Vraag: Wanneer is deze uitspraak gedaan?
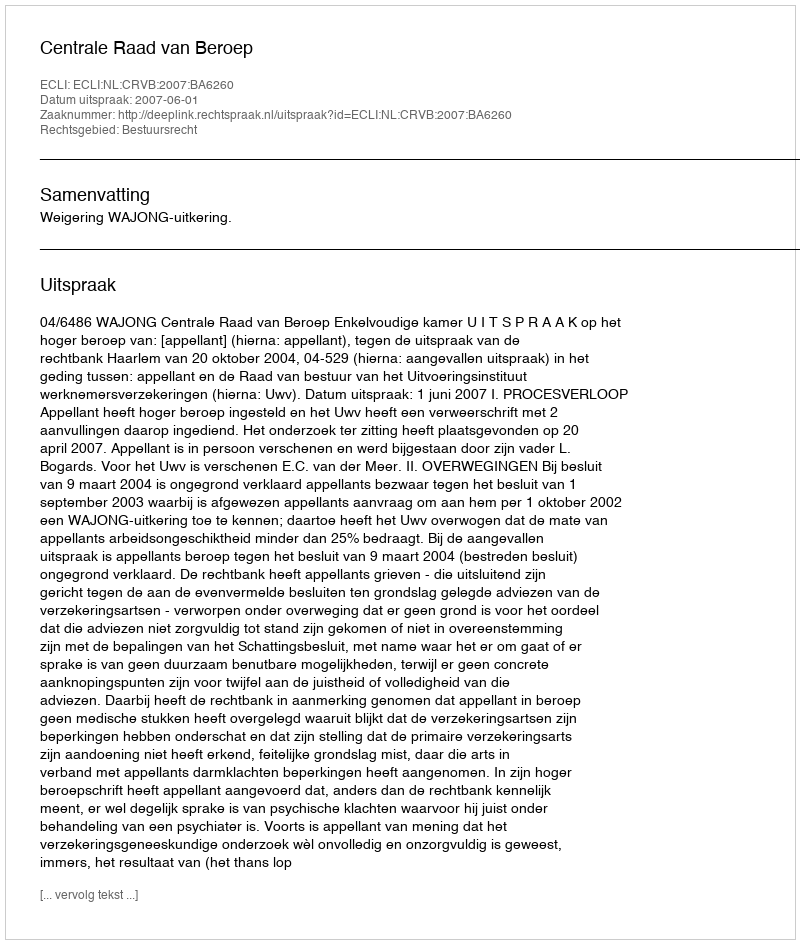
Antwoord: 2007-06-01